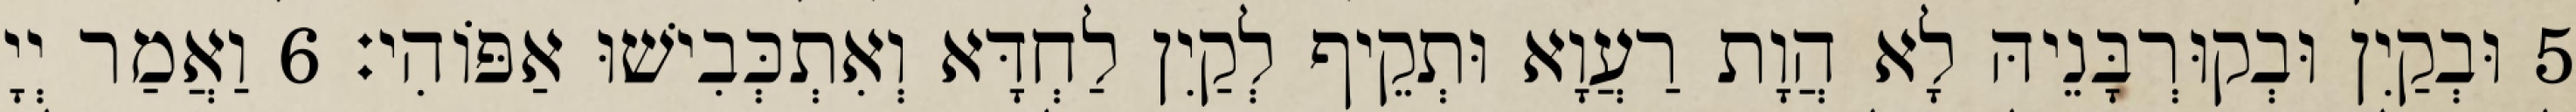
5 וּבְקַיִן וּבְקוּרְבָּנֵיהּ לָא הֲוָת רַעֲוָא וּתְקֵיף לְקַיִן לַחְדָּא וְאִתְכְּבִישׁוּ אַפּוֹהִי׃ 6 וַאֲמַר יְיָ